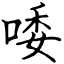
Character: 唩